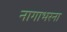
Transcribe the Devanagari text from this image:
नागाभरना